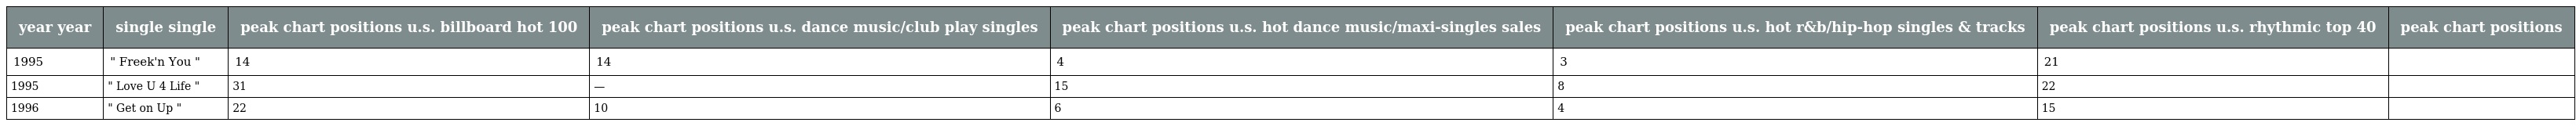
| year year | single single | peak chart positions u.s. billboard hot 100 | peak chart positions u.s. dance music/club play singles | peak chart positions u.s. hot dance music/maxi-singles sales | peak chart positions u.s. hot r&b/hip-hop singles & tracks | peak chart positions u.s. rhythmic top 40 | peak chart positions |
 | --- | --- | --- | --- | --- | --- | --- | --- |
 | 1995 | " Freek'n You " | 14 | 14 | 4 | 3 | 21 |  |
 | 1995 | " Love U 4 Life " | 31 | — | 15 | 8 | 22 |  |
 | 1996 | " Get on Up " | 22 | 10 | 6 | 4 | 15 |  |